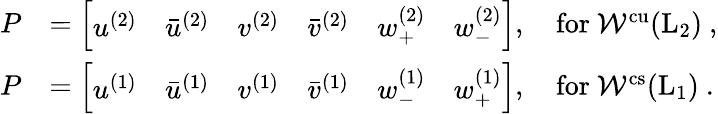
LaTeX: \begin{array}{rl}{P}&{=\left[\begin{array}{llllll}{u^{(2)}}&{\bar{u}^{(2)}}&{v^{(2)}}&{\bar{v}^{(2)}}&{w_{+}^{(2)}}&{w_{-}^{(2)}}\end{array}\right],\quad\mathrm{for~{\mathcal{W}}^{cu}(L_2)~},}\\ {P}&{=\left[\begin{array}{llllll}{u^{(1)}}&{\bar{u}^{(1)}}&{v^{(1)}}&{\bar{v}^{(1)}}&{w_{-}^{(1)}}&{w_{+}^{(1)}}\end{array}\right],\quad\mathrm{for~{\mathcal{W}}^{cs}(L_1)~}.}\end{array}